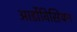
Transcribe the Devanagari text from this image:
आर्डोविसियन